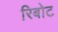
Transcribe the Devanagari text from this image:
रिबोट